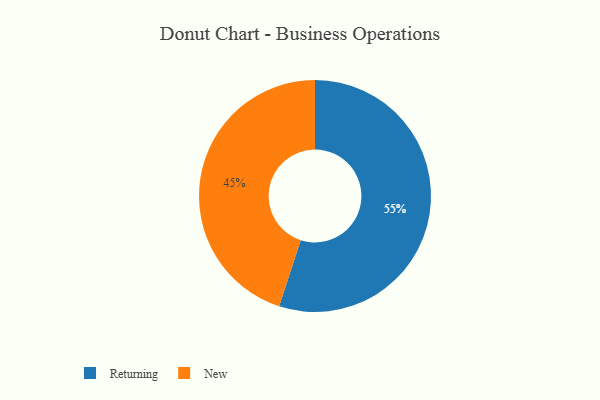
{"axis": {"x": "Category", "y": "Percentage"}, "legend": ["New", "Returning"], "data": [{"x": "Returning", "y": 55, "type": "Returning"}, {"x": "New", "y": 45, "type": "New"}]}